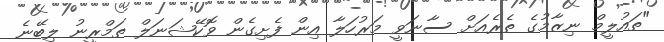
"ތައުލީމް ނިޒާމުގެ ތެރެއަށް ސާނަވީ މަރުހަލާ އިން ފެށިގެން ވޮކޭޝަނަލް ތަމްރީނު ލިބޭނެ